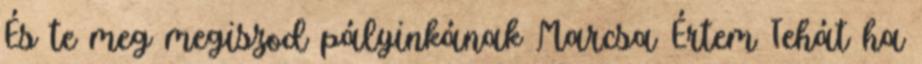
És te meg megiszod pályinkának Marcsa Értem Tehát ha